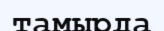
тамырда